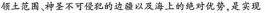
领土范围、神圣不可侵犯的边疆以及海上的绝对优势，是实现